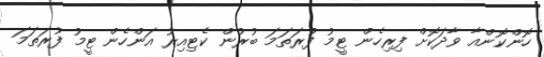
ހޮންކޮންއާ ވާދަކޮށް ފިރިހެން ޓީމު ފުރަތަމަ ބުރުން ކެޓިއިރު އަންހެން ޓީމު ފުރަތަމަ